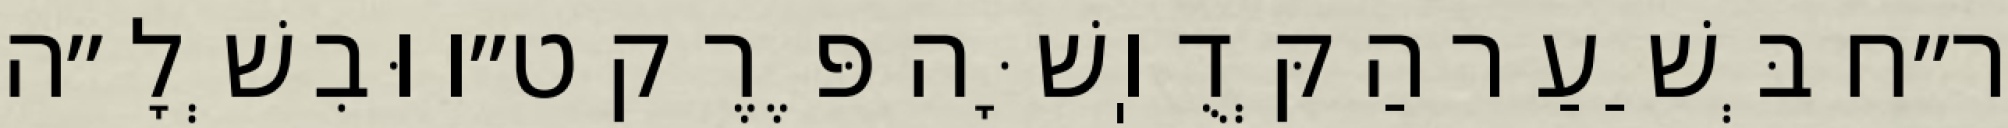
ר״ח בְּשַׁעַר הַקְּדֻוֽשָּׁה פֶּרֶק ט״ו וּבִשְׁלָ״ה